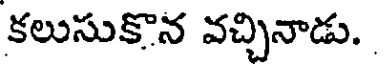
కలుసుకొన వచ్చినాడు.